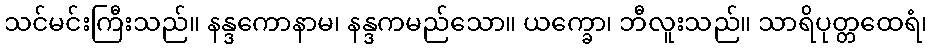
သင်မင်းကြီးသည်။ နန္ဒကောနာမ၊ နန္ဒကမည်သော။ ယက္ခော၊ ဘီလူးသည်။ သာရိပုတ္တထေရံ၊